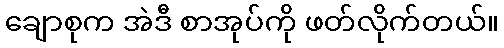
ချောစုက အဲဒီ စာအုပ်ကို ဖတ်လိုက်တယ်။